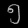
Digit: ၅